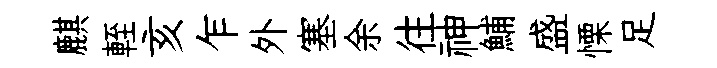
麒輊亥乍外塞余往神鯆盛慄足